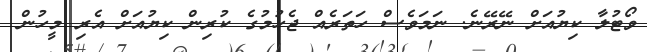
ވޯޓުލާ ކިޔުއަށް ނޭރޭނެ. ނަމަވެސް ހަތަރެއް ޖެހުމުގެ ކުރިން ކިޔުއަށް އެރި މީހުން